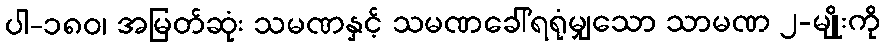
ပါ-၁၈၀၊ အမြတ်ဆုံး သမဏနှင့် သမဏခေါ်ရရုံမျှသော သာမဏ ၂-မျိုးကို